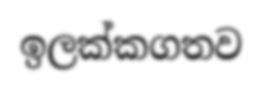
ඉලක්කගතව